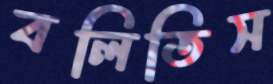
বলিতিস